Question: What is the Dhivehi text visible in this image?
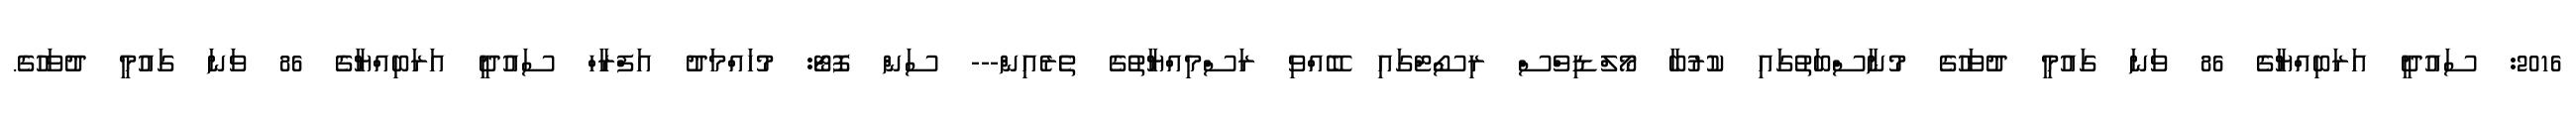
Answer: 2016: ސައުދީ އަރަބިއްޔާގެ 86 ވަނަ ގައުމީ ދުވަހުގެ މުނާސްބަތުގައި ކުރުބާ މޯލްޑިވްސް ރިސޯޓްގައި ބޭއްވި ރަސްމިއްޔާތުގެ ތެރެއިން--- ސަން ފޮޓޯ: މުހައްމަދު އަފްރާހް ސައުދީ އަރަބިއްޔާގެ 86 ވަނަ ގައުމީ ދުވަހުގެ.